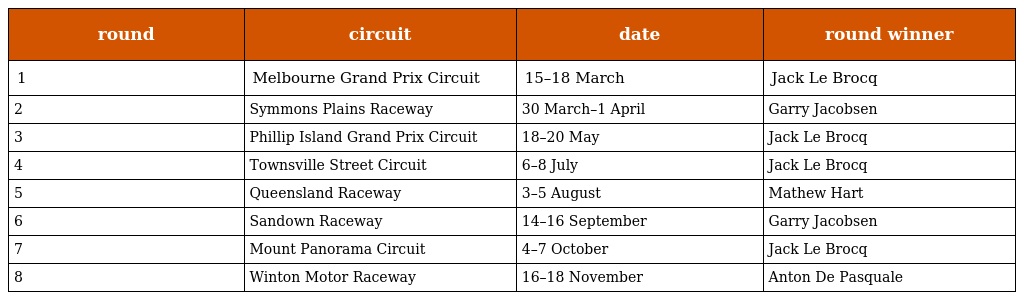
| round | circuit | date | round winner |
 | --- | --- | --- | --- |
 | 1 | Melbourne Grand Prix Circuit | 15–18 March | Jack Le Brocq |
 | 2 | Symmons Plains Raceway | 30 March–1 April | Garry Jacobsen |
 | 3 | Phillip Island Grand Prix Circuit | 18–20 May | Jack Le Brocq |
 | 4 | Townsville Street Circuit | 6–8 July | Jack Le Brocq |
 | 5 | Queensland Raceway | 3–5 August | Mathew Hart |
 | 6 | Sandown Raceway | 14–16 September | Garry Jacobsen |
 | 7 | Mount Panorama Circuit | 4–7 October | Jack Le Brocq |
 | 8 | Winton Motor Raceway | 16–18 November | Anton De Pasquale |